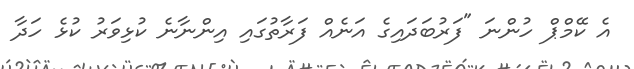
އެ ކޭމްޕް ހުންނަ "ފަރުބަދައިގެ އަނެއް ފަރާތުގައި އިންނާނެ ކުޅިވަރު ކުޅެ ހަދާ